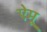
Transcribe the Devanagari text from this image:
ऐमू